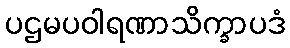
ပဌမပဝါရဏာသိက္ခာပဒံ